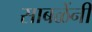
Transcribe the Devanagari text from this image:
साबळेंनी